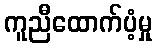
ကူညီထောက်ပံ့မှု